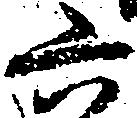
六